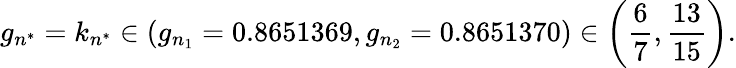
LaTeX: g_{n^{*}}=k_{n^{*}}\in\left(g_{n_{1}}=0.8651369,g_{n_{2}}=0.8651370\right)\in\left(\frac{6}{7},\frac{13}{15}\right).